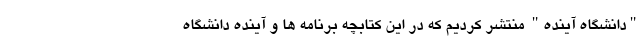
"دانشگاه آینده" منتشر کردیم که در این کتابچه برنامه ها و آینده دانشگاه